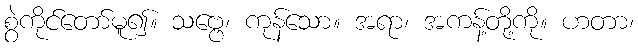
စွဲကိုင်တော်မူ၍။ သဗ္ဗေ၊ ကုန်သော။ အရာ၊ အကန့်တို့ကို။ ဟတာ၊